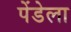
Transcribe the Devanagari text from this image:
पेंडेला